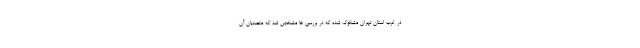
در غرب استان تهران مشکوک شده که در بررسی ها مشخص شد که متصدیان آن